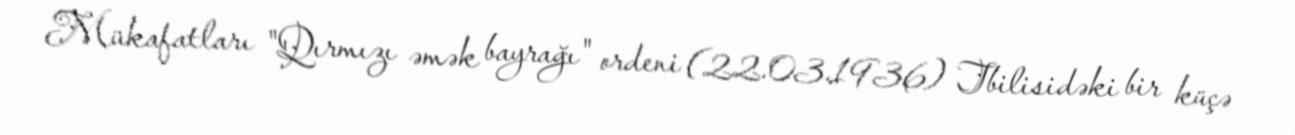
Mükafatları "Qırmızı əmək bayrağı" ordeni (22.03.1936) Tbilisidəki bir küçə